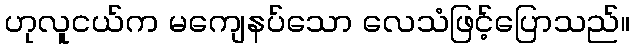
ဟုလူငယ်က မကျေနပ်သော လေသံဖြင့်ပြောသည်။